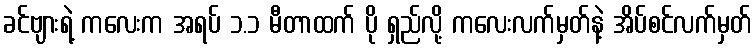
ခင်ဗျားရဲ့ ကလေးက အရပ် ၁.၁ မီတာထက် ပို ရှည်လို့ ကလေးလက်မှတ်နဲ့ အိပ်စင်လက်မှတ်